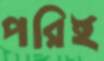
পরিই